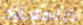
كالمعتاد